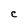
Character: C